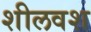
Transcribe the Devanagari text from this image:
शीलवश